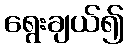
ရွေးချယ်၍